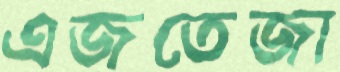
এজতেজা